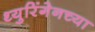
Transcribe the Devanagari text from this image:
थ्युरिंगेनच्या